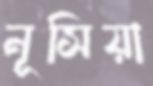
নূসিয়া